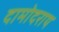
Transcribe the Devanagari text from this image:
दामोदराय